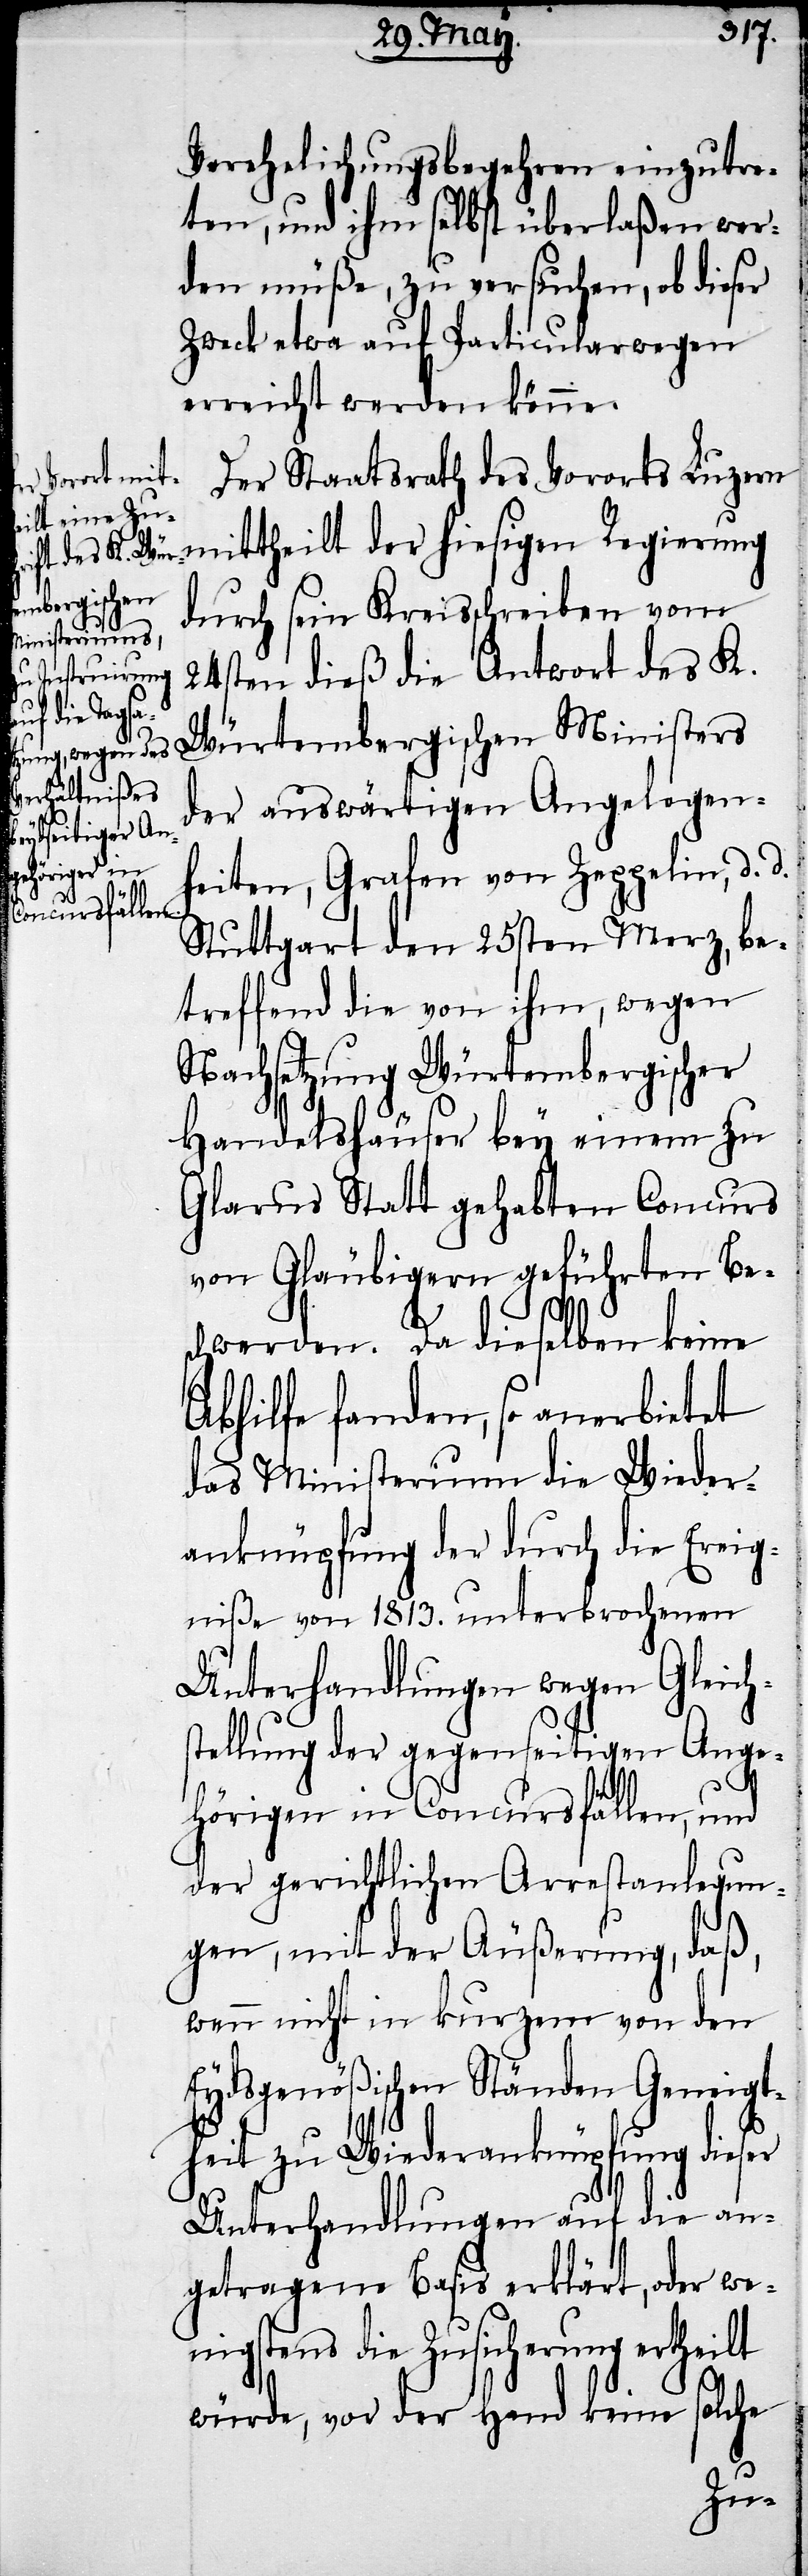
Verehelichungsbegehren einzutre¬
ten, und ihm selbst überlaßen wer¬
den müße, zu versuchen, ob dieser
Zweck etwa auf Particularwegen
erreicht werden könne.
Der Staatsrath des Vororts Luzern
mittheilt der hiesigen Regierung
durch sein Kreisschreiben vom
24sten dieß die Antwort des K.
Würtembergischen Ministers
der auswärtigen Angelegen¬
heiten, Grafen von Zeppelin, d. d.
Stuttgart den 25sten Merz, be¬
treffend die von ihm, wegen
Nachsetzung Würtembergischer
Handelshäuser bey einem zu
Glarus Statt gehabten Concurs
von Gläubigern geführten Be¬
schwerden. Da dieselben keine
Abhilfe fanden, so anerbietet
das Ministerium die Wieder¬
anknüpfung der durch die Ereig¬
niße von 1813. unterbrochenen
Unterhandlungen wegen Gleich¬
stellung der gegenseitigen Ange¬
hörigen in Concursfällen, und
der gerichtlichen Arrestanlegun¬
gen, mit der Äußerung, daß,
wenn nicht in kurzem von den
Eydsgenößischen Ständen Geneigt¬
heit zu Wiederanknüpfung dieser
Unterhandlungen auf die an¬
getragene Basis erklärt, oder we¬
nigstens die Zusicherung ertheilt
würde, vor der Hand keine solche